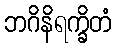
ဘဂိနိရက္ခိတံ